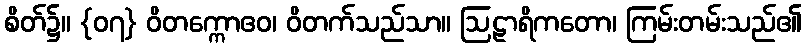
စိတ်၌။ {၀၇} ဝိတက္ကောဧဝ၊ ဝိတက်သည်သာ။ ဩဠာရိကတော၊ ကြမ်းတမ်းသည်၏